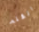
القلم